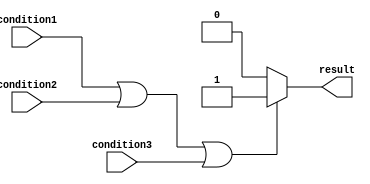
module if_else_logicalOR (
    input condition1,
    input condition2,
    input condition3,
    output reg result
);

always @(*) begin
    if (condition1 || condition2 || condition3) begin
        // execute behavior if any condition is met
        result <= 1'b1;
    end
    else begin
        // execute default behavior if no condition is met
        result <= 1'b0;
    end
end

endmodule